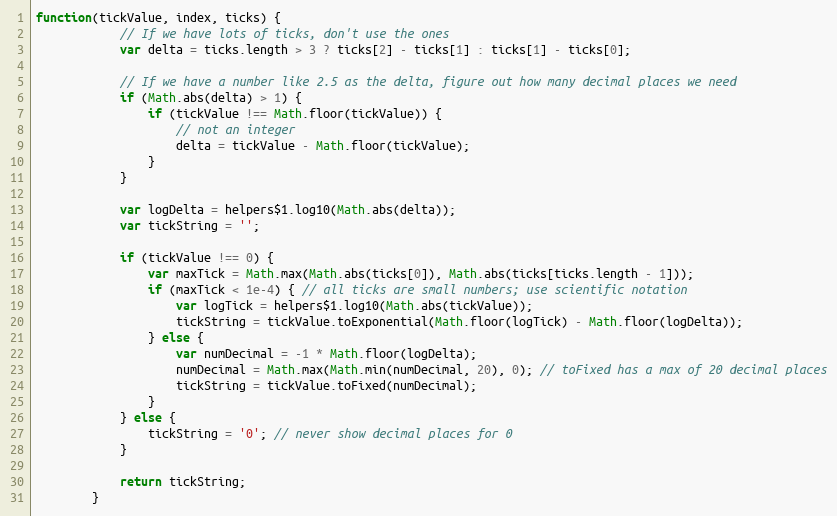
Language: JavaScript
function(tickValue, index, ticks) {
			// If we have lots of ticks, don't use the ones
			var delta = ticks.length > 3 ? ticks[2] - ticks[1] : ticks[1] - ticks[0];

			// If we have a number like 2.5 as the delta, figure out how many decimal places we need
			if (Math.abs(delta) > 1) {
				if (tickValue !== Math.floor(tickValue)) {
					// not an integer
					delta = tickValue - Math.floor(tickValue);
				}
			}

			var logDelta = helpers$1.log10(Math.abs(delta));
			var tickString = '';

			if (tickValue !== 0) {
				var maxTick = Math.max(Math.abs(ticks[0]), Math.abs(ticks[ticks.length - 1]));
				if (maxTick < 1e-4) { // all ticks are small numbers; use scientific notation
					var logTick = helpers$1.log10(Math.abs(tickValue));
					tickString = tickValue.toExponential(Math.floor(logTick) - Math.floor(logDelta));
				} else {
					var numDecimal = -1 * Math.floor(logDelta);
					numDecimal = Math.max(Math.min(numDecimal, 20), 0); // toFixed has a max of 20 decimal places
					tickString = tickValue.toFixed(numDecimal);
				}
			} else {
				tickString = '0'; // never show decimal places for 0
			}

			return tickString;
		}